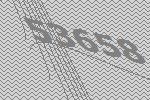
53658